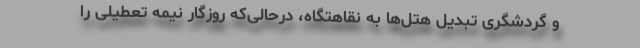
و گردشگری تبدیل هتل‌ها به نقاهتگاه، درحالی‌که روزگار نیمه تعطیلی را